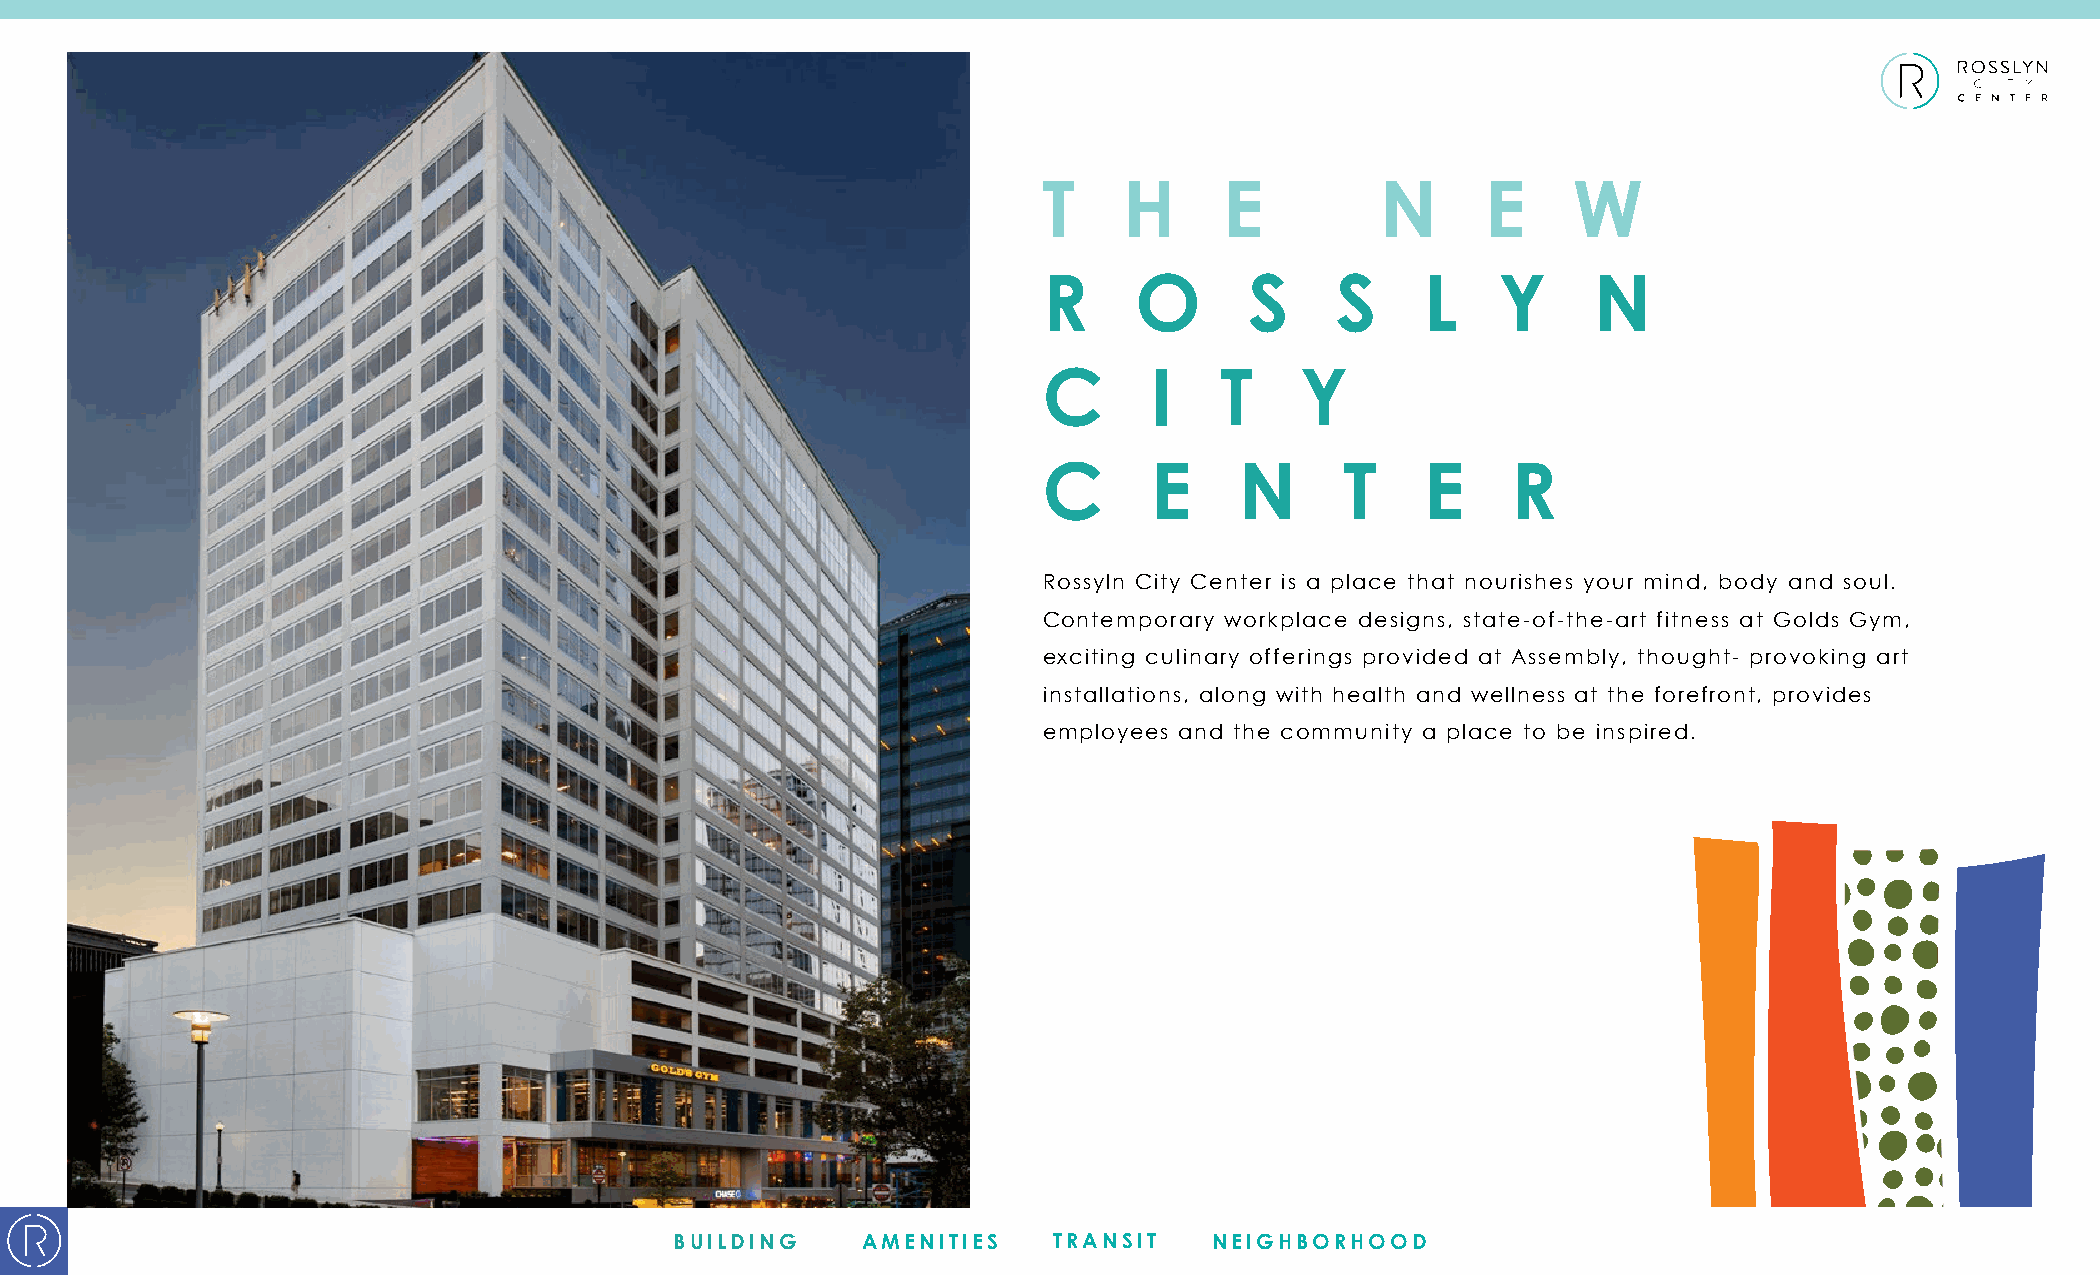
T    H      E         N      E     W
 R     O       S    S     L    Y      N
 C      I    T    Y
 C      E     N      T    E     R
 Rossyln City Center is a place that nourishes your mind, body and soul.
 Contemporary workplace designs, state-of-the-art fitness at Golds Gym,
 exciting culinary offerings provided at Assembly, thought- provoking art
 installations, along with health and wellness at the forefront, provides
 employees and the community a place to be inspired.
 BUILDING    AMENITIES    TRANSIT   NEIGHBORHOOD